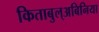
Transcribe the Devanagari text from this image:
किताबुल्अबिनिया